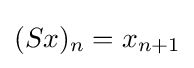
(Sx)_{n}=x_{n+1}